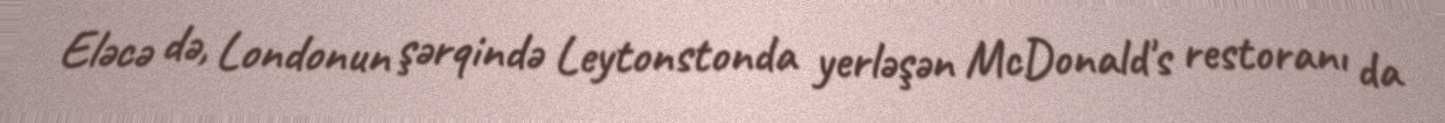
Eləcə də, Londonun şərqində Leytonstonda yerləşən McDonald's restoranı da